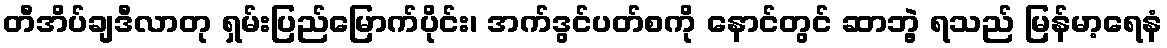
တီအိပ်ချဒီလာတု ရှမ်းပြည်မြောက်ပိုင်း၊ အက်ဒွင်ပတ်စကို နောင်တွင် ဆာဘွဲ့ ရသည် မြန်မာ့ရေနံ